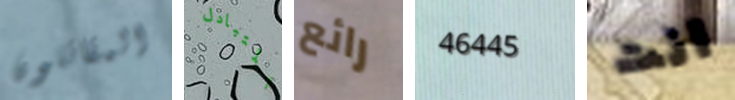
المقاتلون المتبادل رائع 46445 انت